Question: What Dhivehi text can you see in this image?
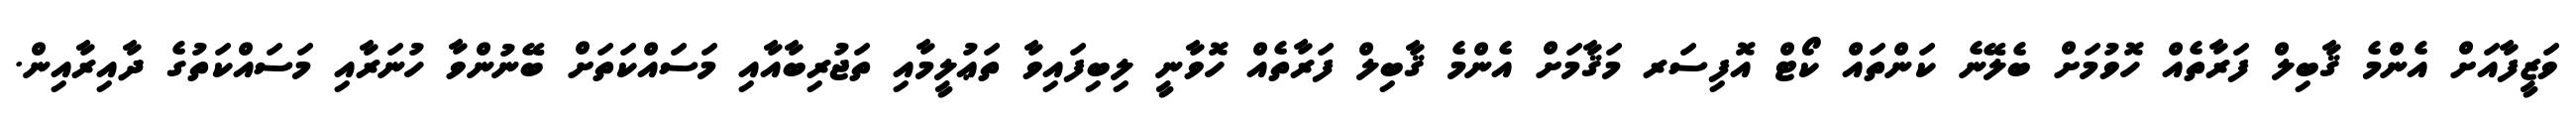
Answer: ވަޒީފާއަށް އެންމެ ޤާބިލް ފަރާތެއް ހޮވުމަށް ބެލޭނެ ކަންތައް ކޯޓް އޮފިސަރ މަޤާމަށް އެންމެ ޤާބިލް ފަރާތެއް ހޮވާނީ ލިބިފައިވާ ތަޢުލީމާއި ތަޖުރިބާއާއި މަސައްކަތަށް ބޭނުންވާ ހުނަރާއި މަސައްކަތުގެ ދާއިރާއިން.